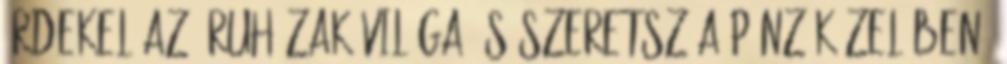
érdekel az áruházak világa és szeretsz a pénz közelében.